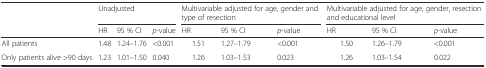
<table><thead><tr><td rowspan="2"></td><td colspan="3"><b>Unadjusted</b></td><td colspan="3"><b>Multivariable adjusted for age, gender and type of resection</b></td><td colspan="3"><b>Multivariable adjusted for age, gender, resection and educational level</b></td></tr><tr><td><b>HR</b></td><td><b>95 % CI</b></td><td><b><i>p</i>-value</b></td><td><b>HR</b></td><td><b>95 % CI</b></td><td><b><i>p</i>-value</b></td><td><b>HR</b></td><td><b>95 % CI</b></td><td><b><i>p</i>-value</b></td></tr></thead><tbody><tr><td>All patients</td><td>1.48</td><td>1.24–1.76</td><td>&lt;0.001</td><td>1.51</td><td>1.27–1.79</td><td>&lt;0.001</td><td>1.50</td><td>1.26–1.79</td><td>&lt;0.001</td></tr><tr><td>Only patients alive &gt;90 days</td><td>1.23</td><td>1.01–1.50</td><td>0.040</td><td>1.26</td><td>1.03–1.53</td><td>0.023</td><td>1.26</td><td>1.03–1.54</td><td>0.022</td></tr></tbody></table>